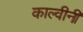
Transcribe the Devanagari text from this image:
काल्वीनी